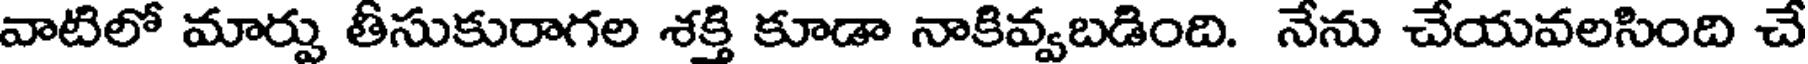
వాటిలో మార్పు తీసుకురాగల శక్తి కూడా నాకివ్వబడింది. నేను చేయవలసింది చే